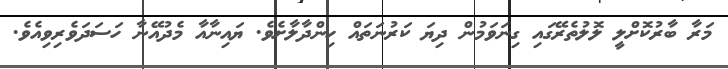
މަރާ ބާރުކޮށްލީ ލޮލުތެރޭގައި ގިނަވަމުން ދިޔަ ކަރުނަތައް ހިންދާލާށެވެ. ޔައިނާއާ މެދުއޭނާ ހަސަދަވެރިވިއެވެ.